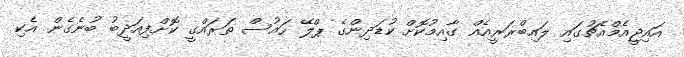
އައިޖީއެމްއެޗުގައި ލައިބްރަރީއެއް ގާއިމުކޮށް ކުޑަދިންގެ ޕްލޭ ހައުސް ތަރައްގީ ކޮށްފިއަދީބު ބުނެގެން އެކި